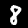
Label: 8